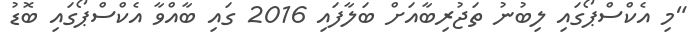
"މި އެކްސްޕޯގައި ލިބުނު ތަޖުރިބާއަށް ބަލާފައި 2016 ގައި ބާއްވާ އެކްސްޕޯގައި ބޮޑު